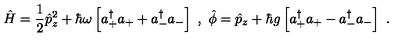
\hat { H } = \frac { 1 } { 2 } \hat { p } _ { z } ^ { 2 } + \hbar \omega \left[ a _ { + } ^ { \dagger } a _ { + } + a _ { - } ^ { \dagger } a _ { - } \right] \ , \ \hat { \phi } = \hat { p } _ { z } + \hbar g \left[ a _ { + } ^ { \dagger } a _ { + } - a _ { - } ^ { \dagger } a _ { - } \right] \ .